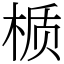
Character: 𬃊